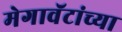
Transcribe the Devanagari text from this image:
मेगावॅटांच्या